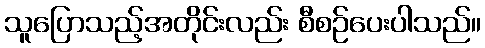
သူပြောသည့်အတိုင်းလည်း စီစဉ်ပေးပါသည်။